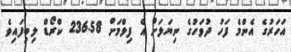
އަހަރުގެ އެންމެ ފަހު ދުވަހުގެ ނިޔަަލަށް އެ ފިލްމަށް 236.58 ކްރޯޑް ލިބިފައިވެ